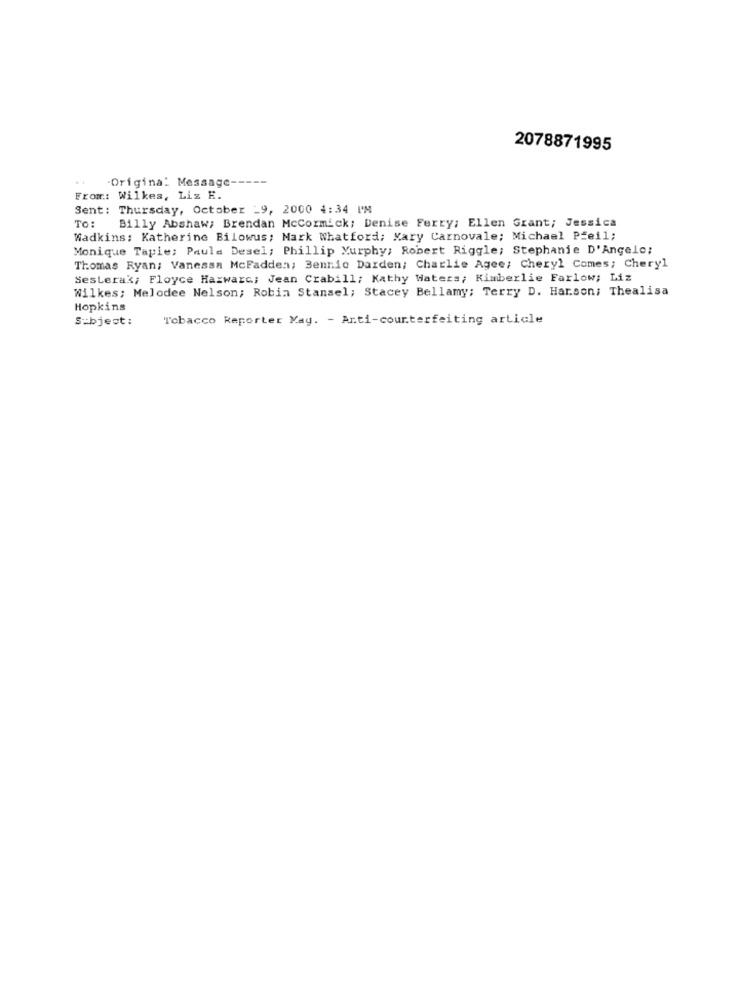
2078871995
..
-Original Message --
From: Wilkes, Liz E.
Sent: Thursday, October _9, 2000 4:34 PM
TO:
Billy Abshaw: Brendan McCormick; Denise Ferry; Ellen Grant; Jessica
Wadkins: Katherine Bilowus; Mark Whatford; Mary Carnovale; Michael Pfeil;
Monique Tapie; Paula Desel; Phillip Murphy; Robert Riggle; Stephanie D'Angelo:
Thomas Ryan; Vanessa McFadden; Bennie Darden; Charlie Agee; Cheryl Comes; Cheryl
Sesterak, Floyce Hazwarc; Jean Crabill; Kathy Waters; Kimberlie Farlow; Liz
Wilkes; Melodee Nelson; Robin Stansel; Stacey Bellamy; Terry D. Harson; Thealisa
Hopkins
Subject:
Tobacco Reporter Kay. - Anti-counterfeiting article